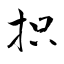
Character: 抧